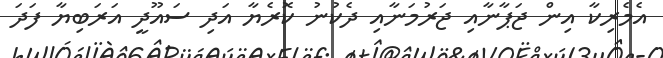
އެމެރިކާ އިން ޖަޕާނާއި ޖަރުމަނާއި ދެކުނު ކޮރެޔާ އަދި ސައޫދީ އަރަބިޔާ ފަދަ